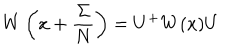
W \left( x + \frac { \Sigma } { N } \right) = U ^ { + } W ( x ) U